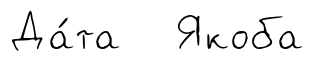
Да́та Якоба